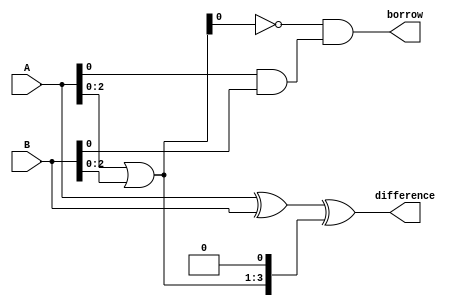
module carry_lookahead_subtractor (
    input [3:0] A,
    input [3:0] B,
    output reg [3:0] difference,
    output reg borrow
);

reg [3:0] carry_generate;
reg [3:0] carry_propagate;

assign carry_generate = A & B;
assign carry_propagate = A | B;

assign difference = A ^ B ^ (carry_propagate << 1);
assign borrow = (~carry_propagate) & carry_generate;

endmodule